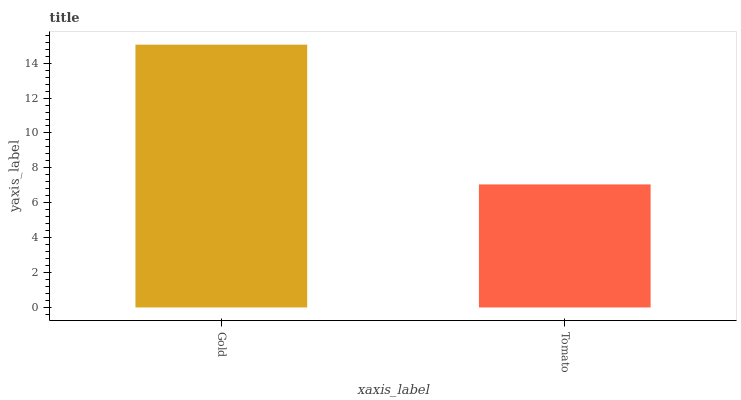
| xaxis_label | bars |
 | --- | --- |
 | Gold | 15.1 |
 | Tomato | 7.05 |